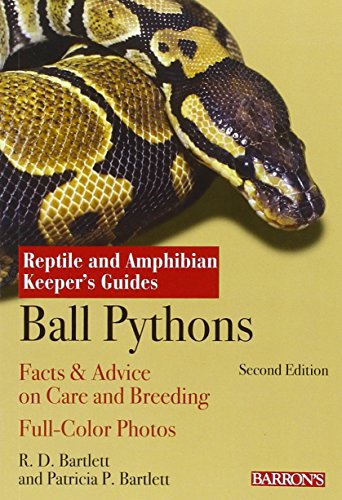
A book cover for Ball Pythons (Reptile and Amphibian Keeper's Guide); R.D. Bartlett; Crafts, Hobbies & Home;